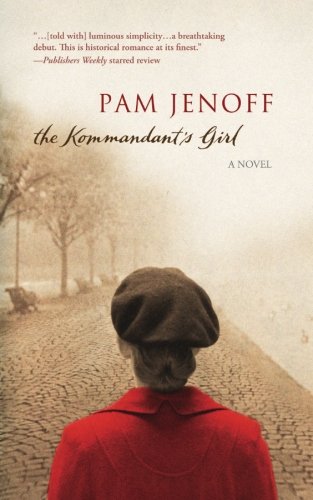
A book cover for The Kommandant's Girl; Pam Jenoff; Romance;